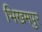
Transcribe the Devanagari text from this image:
भिखमपुर